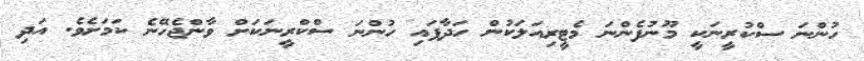
ހުންނަ ސްކުރީނަކީ މޫނުފެންނަ މެޓީރިއަލަކުން ހަދާފައި ހުންނަ ސްކްރީނަކަށް ވާންޖެހޭނެ ކަމަށެވެ. އަދި